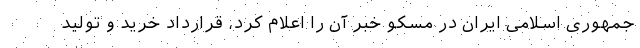
جمهوری اسلامی ایران در مسکو خبر آن را اعلام کرد، قرارداد خرید و تولید